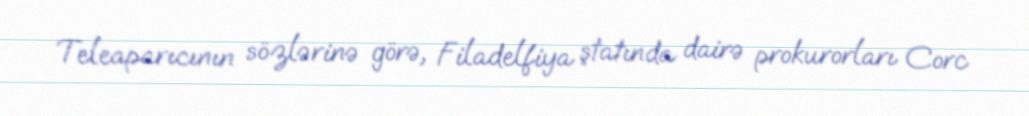
Teleaparıcının sözlərinə görə, Filadelfiya ştatında dairə prokurorları Corc